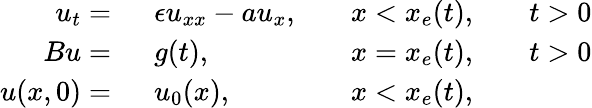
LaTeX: \begin{array}{rlrlrl}{u_{t}=\ }&{{}\epsilon u_{xx}-au_{x},}&{}&{{}x<x_{e}(t),}&{}&{{}t>0}\\ {Bu=\ }&{{}g(t),}&{}&{{}x=x_{e}(t),}&{}&{{}t>0}\\ {u(x,0)=\ }&{{}u_{0}(x),}&{}&{{}x<x_{e}(t),}\end{array}